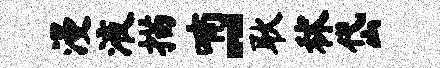
漫液描喃-耿秫岱